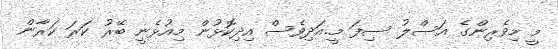
މީ މިވެރިންގެ އަސްލު ސިފަ މީ.އަދިވެސް އިދިކޮޅުން މިއުޅެނީ ބޭރު ކަރަ ކަރާން